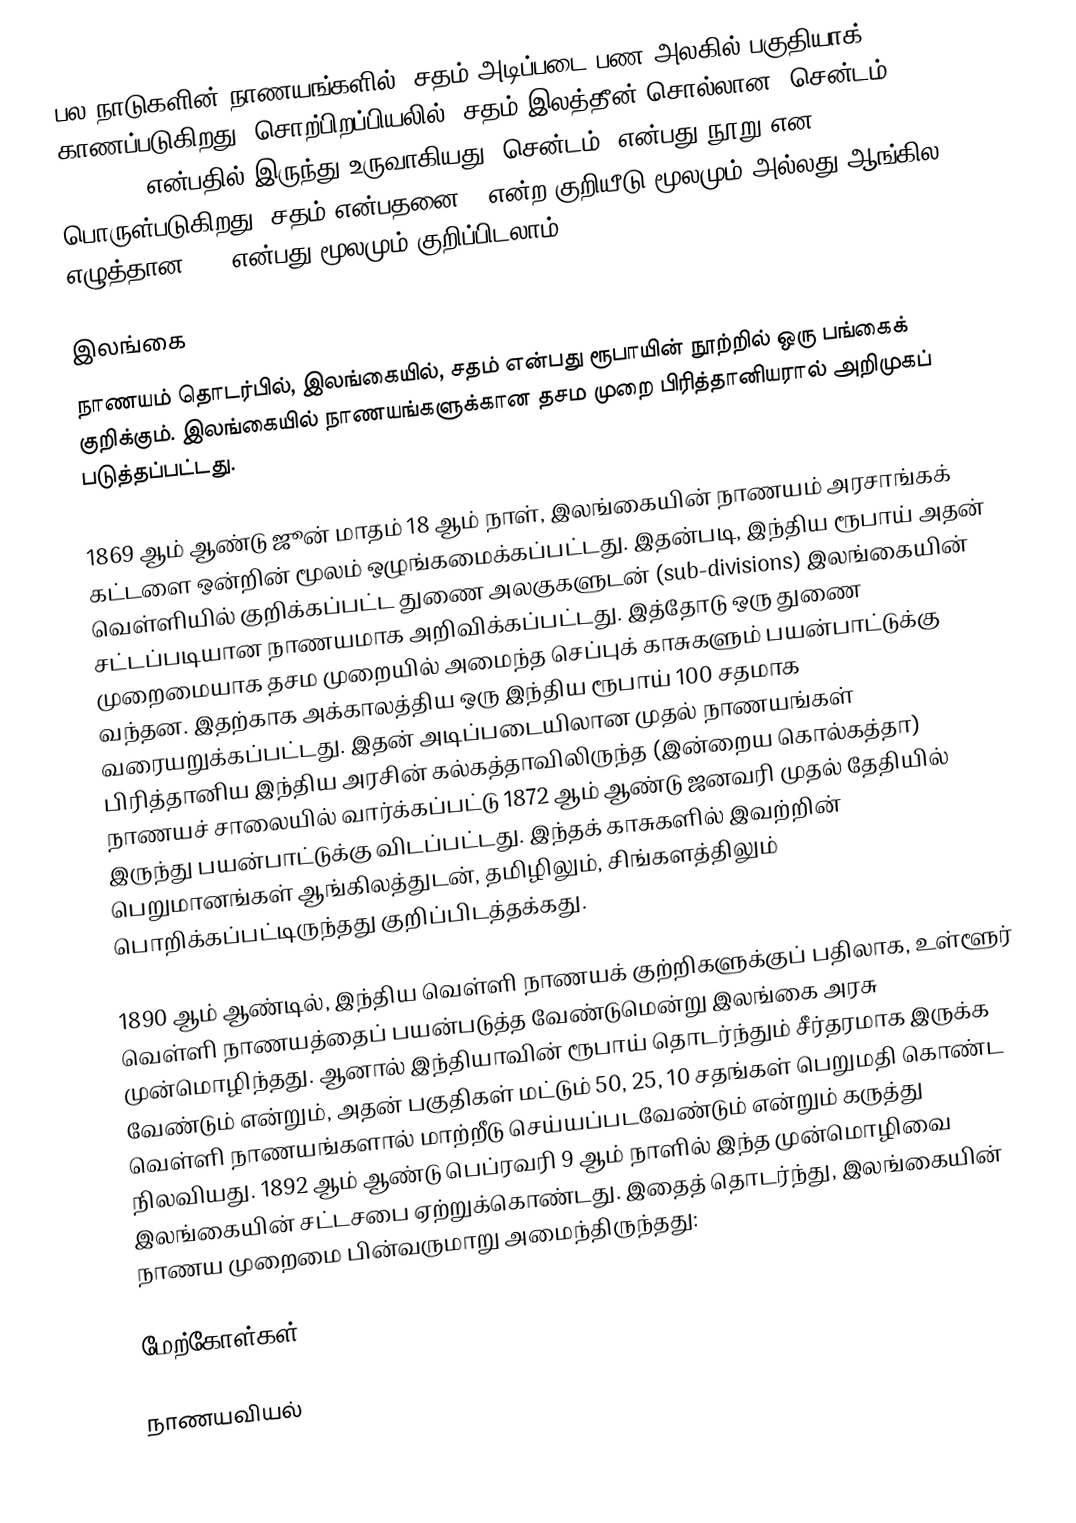
பல நாடுகளின் நாணயங்களில், சதம் அடிப்படை பண அலகில்  பகுதியாக் காணப்படுகிறது. சொற்பிறப்பியலில், சதம் இலத்தீன் சொல்லான "சென்டம்" (centum) என்பதில் இருந்து உருவாகியது "சென்டம்" என்பது நூறு என பொருள்படுகிறது. சதம் என்பதனை ¢ என்ற குறியீடு மூலமும் அல்லது ஆங்கில எழுத்தான "c" என்பது மூலமும் குறிப்பிடலாம்.)

இலங்கை
நாணயம் தொடர்பில், இலங்கையில், சதம் என்பது ரூபாயின் நூற்றில் ஒரு பங்கைக் குறிக்கும். இலங்கையில் நாணயங்களுக்கான  தசம முறை பிரித்தானியரால் அறிமுகப் படுத்தப்பட்டது.

1869 ஆம் ஆண்டு ஜூன் மாதம் 18 ஆம் நாள், இலங்கையின் நாணயம் அரசாங்கக் கட்டளை ஒன்றின் மூலம் ஒழுங்கமைக்கப்பட்டது. இதன்படி, இந்திய ரூபாய் அதன் வெள்ளியில் குறிக்கப்பட்ட துணை அலகுகளுடன் (sub-divisions) இலங்கையின் சட்டப்படியான நாணயமாக அறிவிக்கப்பட்டது. இத்தோடு ஒரு துணை முறைமையாக தசம முறையில் அமைந்த செப்புக் காசுகளும் பயன்பாட்டுக்கு வந்தன. இதற்காக அக்காலத்திய ஒரு இந்திய ரூபாய் 100 சதமாக வரையறுக்கப்பட்டது. இதன் அடிப்படையிலான முதல் நாணயங்கள் பிரித்தானிய இந்திய அரசின் கல்கத்தாவிலிருந்த (இன்றைய கொல்கத்தா) நாணயச் சாலையில் வார்க்கப்பட்டு 1872 ஆம் ஆண்டு ஜனவரி முதல் தேதியில் இருந்து பயன்பாட்டுக்கு விடப்பட்டது. இந்தக் காசுகளில் இவற்றின் பெறுமானங்கள் ஆங்கிலத்துடன், தமிழிலும், சிங்களத்திலும் பொறிக்கப்பட்டிருந்தது குறிப்பிடத்தக்கது.

1890 ஆம் ஆண்டில், இந்திய வெள்ளி நாணயக் குற்றிகளுக்குப் பதிலாக, உள்ளூர் வெள்ளி நாணயத்தைப் பயன்படுத்த வேண்டுமென்று இலங்கை அரசு முன்மொழிந்தது. ஆனால் இந்தியாவின் ரூபாய் தொடர்ந்தும் சீர்தரமாக இருக்க வேண்டும் என்றும், அதன் பகுதிகள் மட்டும் 50, 25, 10 சதங்கள் பெறுமதி கொண்ட வெள்ளி நாணயங்களால் மாற்றீடு செய்யப்படவேண்டும் என்றும் கருத்து நிலவியது. 1892 ஆம் ஆண்டு பெப்ரவரி 9 ஆம் நாளில் இந்த முன்மொழிவை இலங்கையின் சட்டசபை ஏற்றுக்கொண்டது. இதைத் தொடர்ந்து, இலங்கையின் நாணய முறைமை பின்வருமாறு அமைந்திருந்தது:

மேற்கோள்கள்

நாணயவியல்